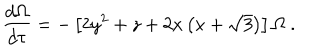
\frac { d \Omega } { d \tau } = - \left[ 2 y ^ { 2 } + z + 2 x \left( x + \sqrt { 3 } \right) \right] \Omega \ .